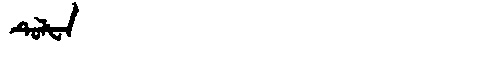
Manchu: ᡨᡠᠯᡶᠠ
Romanization: TULFA